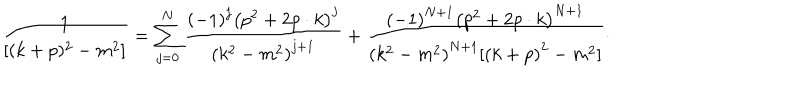
\frac { 1 } { [ ( k + p ) ^ { 2 } - m ^ { 2 } ] } = \sum _ { j = 0 } ^ { N } \frac { \left( - 1 \right) ^ { j } \left( p ^ { 2 } + 2 p \cdot k \right) ^ { j } } { \left( k ^ { 2 } - m ^ { 2 } \right) ^ { j + 1 } } + \frac { \left( - 1 \right) ^ { N + 1 } \left( p ^ { 2 } + 2 p \cdot k \right) ^ { N + 1 } } { \left( k ^ { 2 } - m ^ { 2 } \right) ^ { N + 1 } [ \left( k + p \right) ^ { 2 } - m ^ { 2 } ] } \cdot